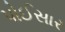
પોઈસાર